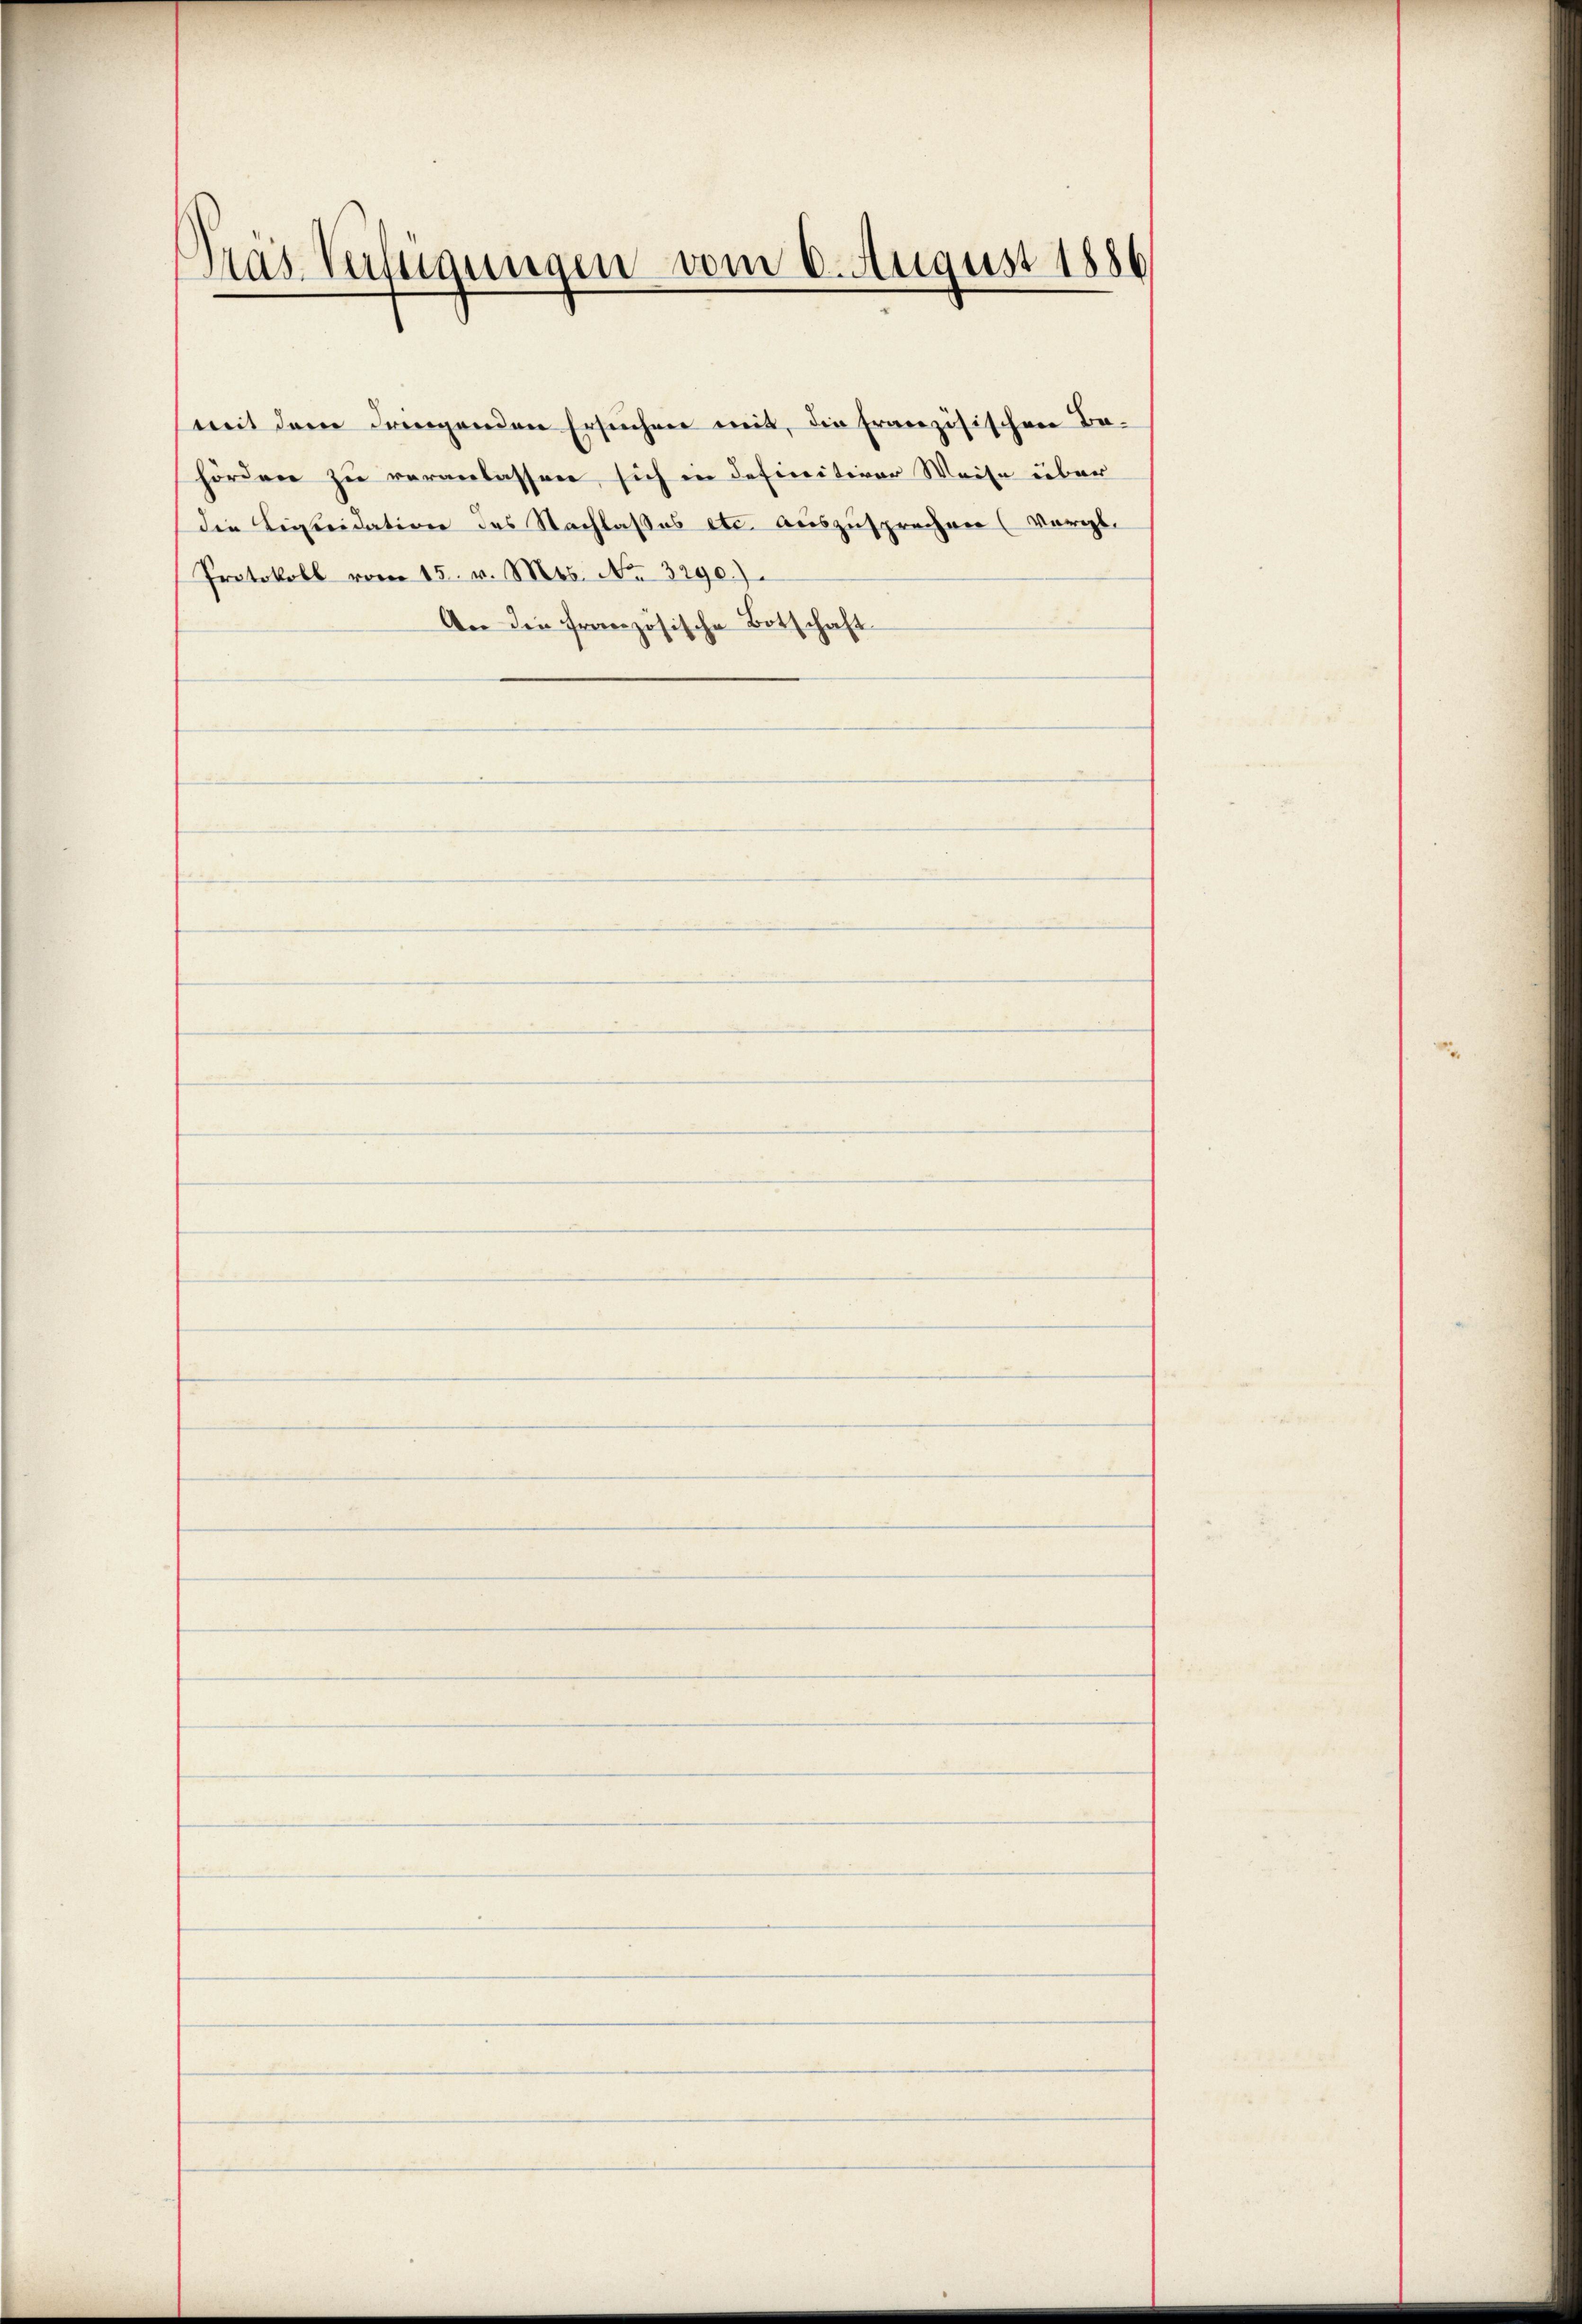
Präs. Verfügungen vom 6. August 1886

mit dem dringenden Ersuchen mit, die Französischen Behörden zu veranlassen, sich in definitiver Weise über
die Linieidation des Nachlasses etc. auszusprechen (Vergl.
Protokoll vom 15. v. Mts. No. 3290.)
An die französische Botschaft